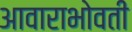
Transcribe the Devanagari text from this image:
आवाराभोवती